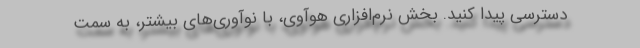
دسترسی پیدا کنید. بخش نرم‌افزاری هوآوی، با نوآوری‌های بیشتر، به سمت